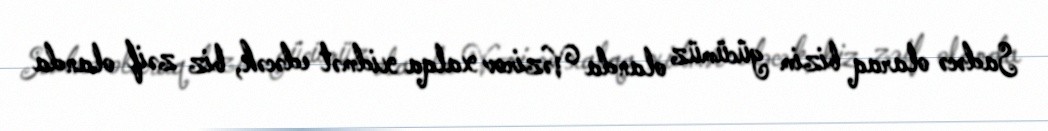
Sadəcə olaraq bizim gücümüz olanda Vəzirov xalqa xidmət edəcək, biz zəif olanda